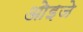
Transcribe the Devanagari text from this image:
ओइजे